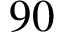
9 0